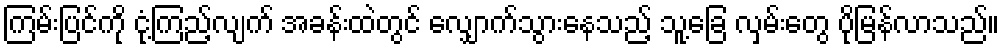
ကြမ်းပြင်ကို ငုံ့ကြည့်လျက် အခန်းထဲတွင် လျှောက်သွားနေသည့် သူ့ခြေ လှမ်းတွေ ပိုမြန်လာသည်။